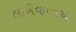
લારીવાળાએ